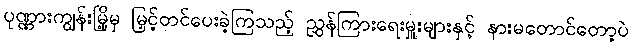
ပုဏ္ဏားကျွန်းမြို့မှ မြှင့်တင်ပေးခဲ့ကြသည့် ညွှန်ကြားရေးမှူးများနှင့် နားမတောင်တော့ပဲ